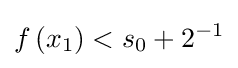
f\left(x_{1}\right)<s_{0}+2^{-1}